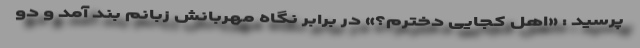
پرسید : «اهل کجایی دخترم؟» در برابر نگاه مهربانش زبانم بند آمد و دو